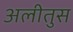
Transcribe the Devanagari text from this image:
अलीतुस